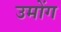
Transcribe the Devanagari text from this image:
उमोंग